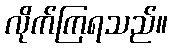
လိုက်ကြရသည်။